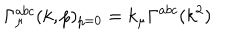
LaTeX: \Gamma _ { \mu } ^ { a b c } ( k , p ) _ { p = 0 } = k _ { \mu } \Gamma ^ { a b c } ( k ^ { 2 } )